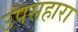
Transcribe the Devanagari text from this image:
उपसहारा